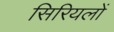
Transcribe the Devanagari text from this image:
सिरियलों